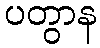
ပတွာန